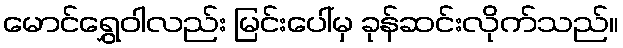
မောင်ရွှေဝါလည်း မြင်းပေါ်မှ ခုန်ဆင်းလိုက်သည်။